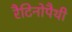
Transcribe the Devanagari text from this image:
रैटिनोपैथी